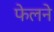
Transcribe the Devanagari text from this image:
फेलने